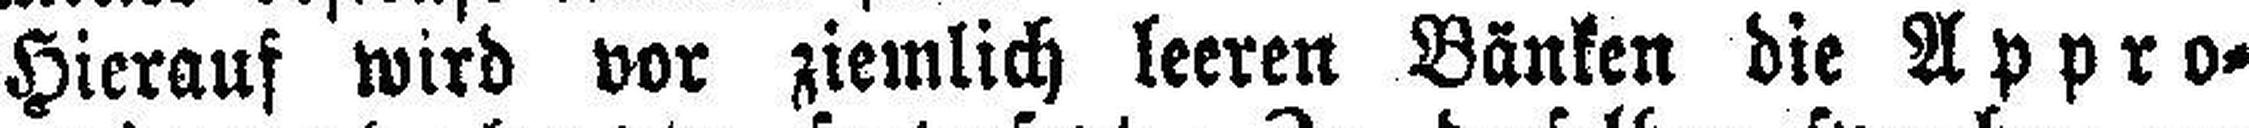
Hierauf wird vor ziemlich leeren Bänken die Appro¬